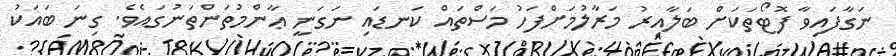
ނަގާފައިވާ ފޮޓޯތަކަށް ބަލާއިރު މަރާލުމަށްފަހު މަސްތައް ކަނޑައި ނަގަނީ ޢާންމުތަންތަނުގައެވެ. ގިނަ ބައަކު